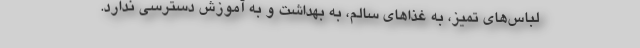
لباس‌هاي تميز، به غذاهاي سالم، به بهداشت و به آموزش دسترسي ندارد.